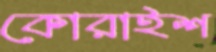
কোরাইশ